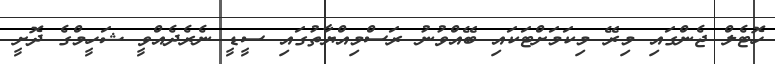
ހޮޓެލް ޖެންގައި މިރޭ މިކަމަށްޓަކައި ބޭއްވުނު ރަސްމިއްޔާތުގައި ސީޑީ ނެރެދެއްވީ ޝަހީމްގެ ދޮށީ